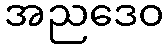
အညဒေဝ